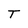
Character: T